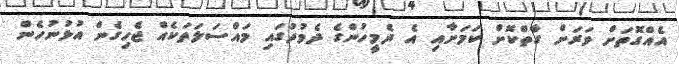
އެއްގޮތަށް ވަރަށް ގާތްކޮށް ކަމަށާއި އެ ދެމީހުންގެ ދެމުދުގައި މައްސަލަތަކެއް ޖެހިގެން އުޅުނުހެން